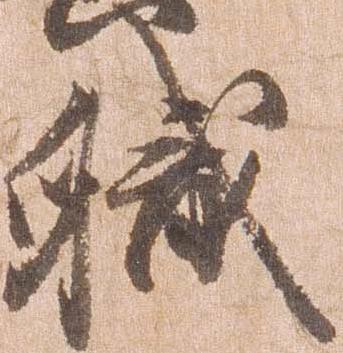
職